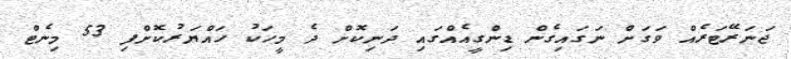
ޖަނަރޭޓަރެއް ވަގަށް ނަގައިގެން ޑިންގީއެއްގައި ދަނިކޮށް ދެ މީހަކު ހައްޔަރުކޮށްފި 53 މިނެޓް